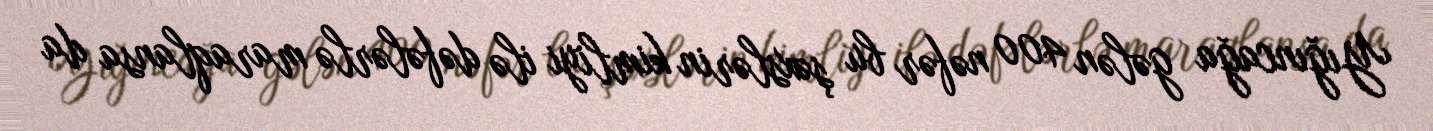
Yığıncağa gələn 400 nəfər bu şəxslərin kimliyi ilə dəfələrlə maraqlansa da